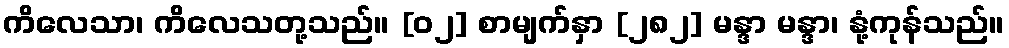
ကိလေသာ၊ ကိလေသတု့သည်။ [၀၂] စာမျက်နှာ [၂၈၂] မန္ဒာ မန္ဒာ၊ နုံ့ကုန်သည်။